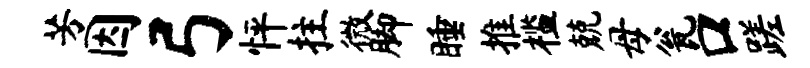
芳因弓怦拄微脚睡推槛兢母瓮口蹉